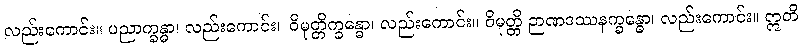
လည်းကောင်း။ ပညာက္ခန္ဓာ၊ လည်းကောင်း။ ဝိမုတ္တိက္ခန္ဓော၊ လည်းကောင်း။ ဝိမုတ္တိ ဉာဏဒဿနက္ခန္ဓော၊ လည်းကောင်း။ ဣတိ